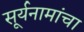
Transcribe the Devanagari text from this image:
सूर्यनामांचा